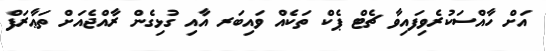
އަށް ހާއްސަކުރެވިފައިވާ ޗެޓް ޕެކް ތަކެއް ވައިބަރ އާއި ގުޅިގެން ރާއްޖެއަށް ތަޢާރަފް